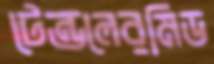
টেন্ডলেরমিড